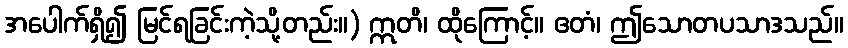
အပေါက်ရှိ၍ မြင်ရခြင်းကဲ့သို့တည်း။) ဣတိ၊ ထိုကြောင့်။ ဧတံ၊ ဤသောတပသာဒသည်။